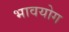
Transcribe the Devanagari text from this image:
भावयोग